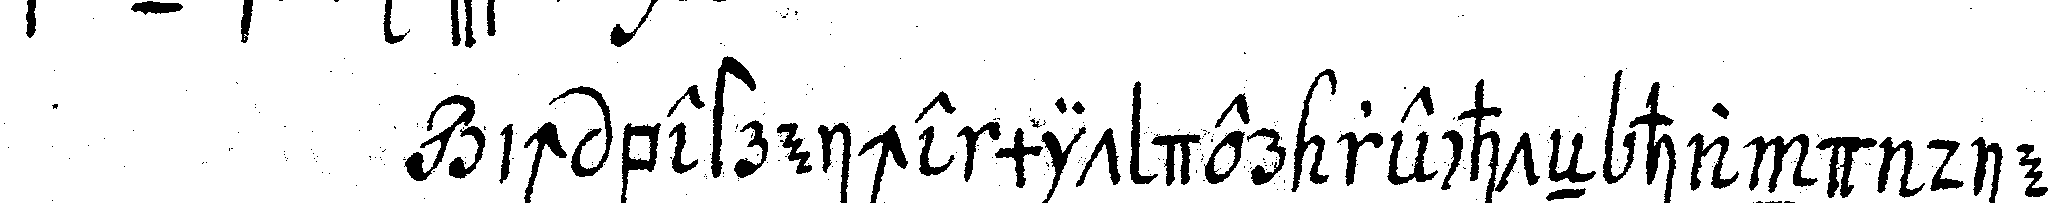
ich bestreiche mit der rechteN hand die